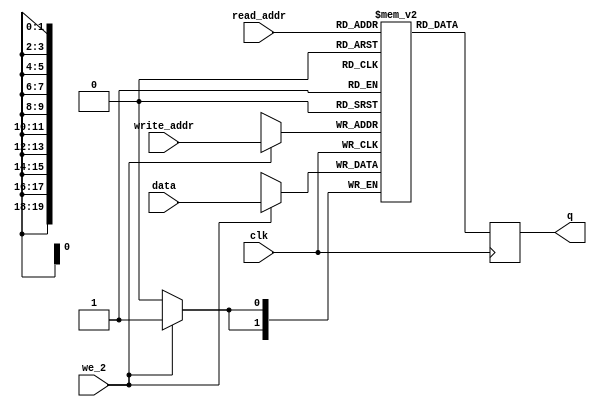
// Quartus Prime Verilog Template
// Simple Dual Port RAM with separate read/write addresses and
// single read/write clock

module FB_green_mem
#(parameter DATA_WIDTH=2, parameter ADDR_WIDTH=20)
(
	input [(DATA_WIDTH-1):0] data,
	input [(ADDR_WIDTH-1):0] read_addr, write_addr,
	input we_2, clk,
	output reg [(DATA_WIDTH-1):0] q
);

	// Declare the RAM variable
	reg [DATA_WIDTH-1:0] g_ram[614399:0];
	
	always @ (posedge clk)
	begin
		// Write
		if (we_2)
		   begin
			g_ram[write_addr] <= data;
         end
	end
	
	always @ (posedge clk)
	begin
		// Read (if read_addr == write_addr, return OLD data).	To return
		// NEW data, use = (blocking write) rather than <= (non-blocking write)
		// in the write assignment.	 NOTE: NEW data may require extra bypass
		// logic around the RAM.
		
		   q <= g_ram[read_addr];
			//g_ram[read_addr] = 0;
			
	end


endmodule